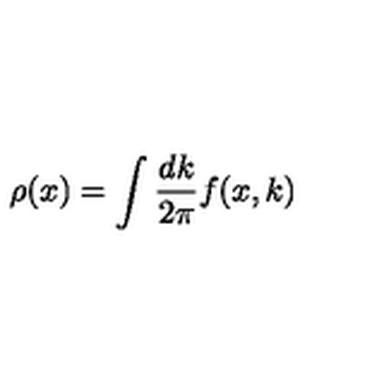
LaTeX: \rho ( x ) = \int \frac { d k } { 2 \pi } f ( x , k )